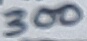
Text: 300